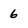
Character: 6